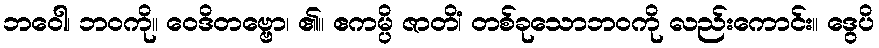
ဘဝေါ၊ ဘဝကို။ ဝေဒိတဗ္ဗော၊ ၏။ ဧကမ္ပိ ဇာတိံ၊ တစ်ခုသောဘဝကို လည်းကောင်း။ ဒွေပိ